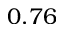
0 . 7 6